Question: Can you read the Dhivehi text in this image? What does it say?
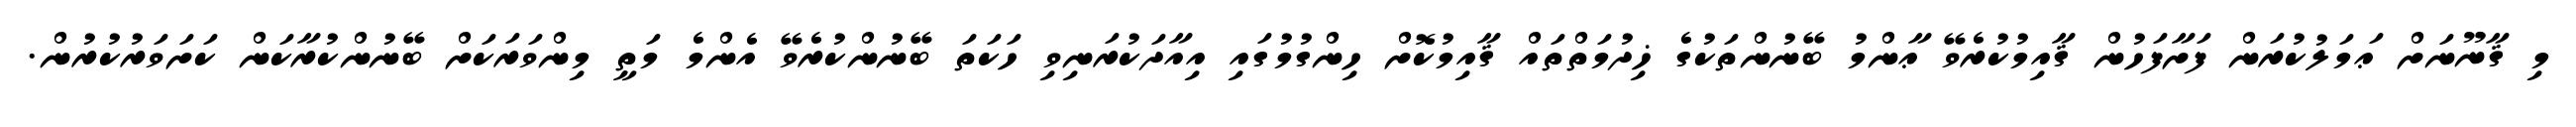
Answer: މި ޤާނޫނަށް ޢަމަލުކުރަން ފަށާފަހުން ޤާއިމުކުރެވޭ ޢާންމު ބޭނުންތަކުގެ ޚިދުމަތްތައް ޤާއިމުކޮށް ހިންގުމުގައި އިއާދަކުރަނިވި ހަކަތަ ބޭނުންކުރެވޭ އެންމެ މަތީ މިންވަރަކަށް ބޭނުންކުރާކަން ކަށަވަރުކުރުން.